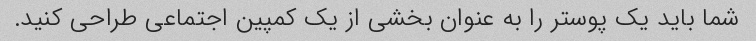
شما باید یک پوستر را به عنوان بخشی از یک کمپین اجتماعی طراحی کنید.